Report on vaccination in Madras 1895-1903 - 1895-1903
Year: 1895
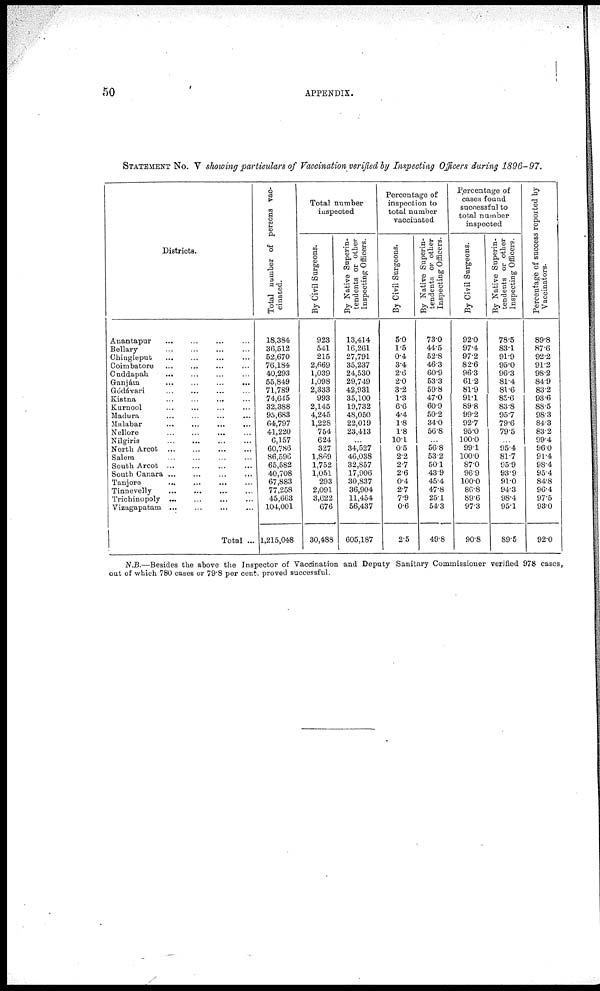
50
APPENDIX.
STATEMENT No. V showing particulars of Vaccination verified by Inspecting Officers during 1896- 97.
Districts.
Anantapur ... ... ... ...
Bellary ... ... ... ...
Chingleput ... ... ... ...
Coimbatore ... ... ... ...
Cuddapah ... ... ... ...
Ganjám ... ... ... ...
Gódávari ... ... ... ...
Kistna ... ... ... ...
Kurnool ... ... ... ...
Madura ... ... ... ...
Malabar
...
...
...
...
Nellore ... ... ... ...
Nilgiris ... ... ... ...
North Arcot
...
...
...
...
Salem ... ... ... ...
South Arcot ... ... ... ...
South Canara ... ... ... ...
Tanjore
...
...
...
...
Tinnevelly ... ... ... ...
Trichinopoly ... ... ... ...
Vizagapatam ... ... ... ...
Total ...
Total number of persona vac-
cinated.
18,384
36,512
52,670
76,184
40,293
55,849
71,789
74,645
32,388
95,683
64,797
41,220
6,157
60,786
86,596
65,582
40,708
67,883
77,258
45,663
104,001
1,215,048
Total number
inspected
By Civil Surgeons.
923
541
215
2,669
1,039
1,098
2,333
993
2,145
4,245
1,228
75.4
624
327
1,869
1,752
1,051
293
2,091
3,622
676
30,488
By Native Superin-
tendents or other
Inspecting Officers.
13,414
16,261
27,791
35,237
24,530
29,749
42,931
35,100
19,732
48,050
22,019
23,413
...
34,527
46,038
32,857
17,906
30,837
36,904
11,454
56,437
605,187
Percentage of
inspection to
total number
vaccinated
By Civil Surgeons.
5.0
1.5
0.4
3.4
2.6
2.0
3.2
1.3
6.6
4.4
1.8
1.8
10.1
0.5
2.2
2.7
2.6
0.4
2.7
7.9
0.6
2.5
By Native Superin-
tendents or other
Inspecting Officers.
73.0
44.5
52.8
46.3
60.9
53.3
59.8
47.0
60.9
50.2
34.0
56.8
...
56.8
53.2
50.1
43.9
45.4
47.8
25.1
54.3
49.8
Percentage of
cases found
successful to
total number
inspected
By Civil Surgeons.
92.0
97.4
97.2
82.6
96.3
61.2
81.9
91.1
89.8
99.2
92.7
95.0
100.0
99.1
100.0
87.0
96.9
100.0
86.8
89.6
97.3
90.8
By Native Superin-
tendents or other
Inspecting Officers.
78.5
83.1
91.9
95.0
96.3
81.4
81.6
85.6
83.8
95.7
79.6
79.5
...
95.4
81.7
95.9
93.9
91.0
94.3
98.4
95.1
89.5
Percentage of success reported by
Vaccinators.
89.8
87.6
92.2
91.2
98.2
84.9
83.2
93.6
88.5
983
84.3
83.2
99.4
96.0
91.4
98.4
95.4
84.8
96.4
97.5
93.0
92.0
N.B.—Besides the above the Inspector of Vaccination and Deputy Sanitary Commissioner verified 978 cases,
out of which 780 cases or 79.8 per cent. proved successful.